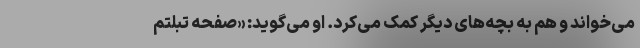
می‌خواند و هم به بچه‌های دیگر کمک می‌کرد. او می‌گوید: «صفحه تبلتم